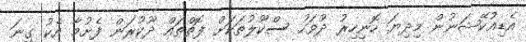
އެޑިއުކޭޝަނުން މިދިޔަ ހޮނިހިރު ދުވަހު ސްކޫލުތަކަށް ފޮތްތައް ދޫކުރަން ފެށުމާ އެކު ގިނަ